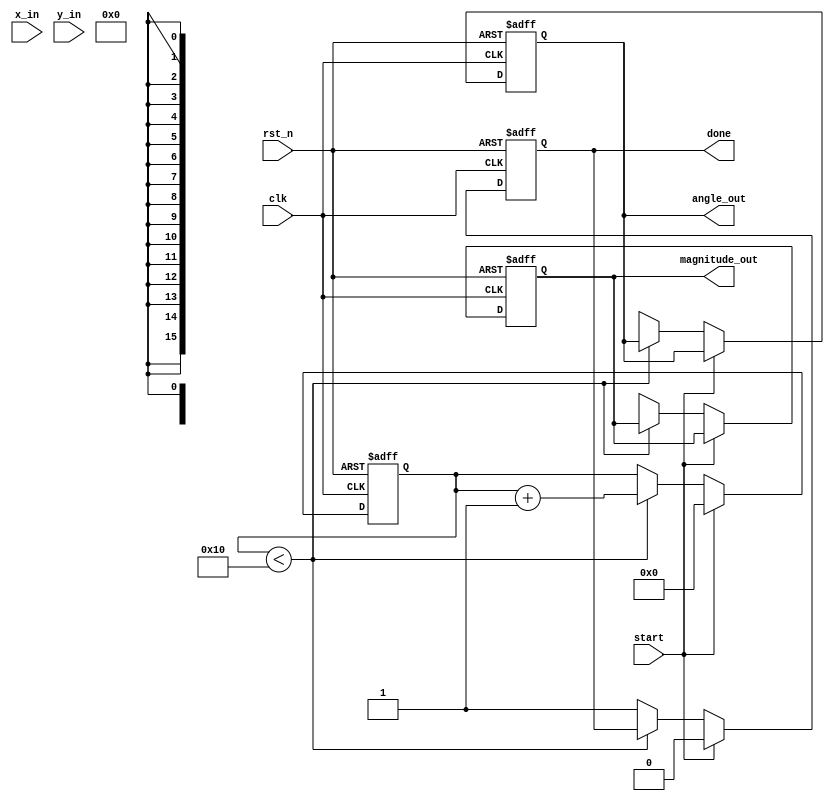
module vectoring_cordic (
    input wire clk,
    input wire rst_n,
    input wire start,
    input wire signed [15:0] x_in, // Input x coordinate
    input wire signed [15:0] y_in, // Input y coordinate
    output reg signed [15:0] angle_out, // Output angle
    output reg signed [15:0] magnitude_out, // Output magnitude
    output reg done // Operation done flag
);

    // CORDIC parameters
    parameter NUM_ITERATIONS = 16; // Number of iterations
    parameter K = 16'h26DD; // Scaling factor (K = 0.6072529350088812561694... in fixed-point)
    reg signed [15:0] x [0:NUM_ITERATIONS-1]; // x registers
    reg signed [15:0] y [0:NUM_ITERATIONS-1]; // y registers
    reg signed [15:0] angle [0:NUM_ITERATIONS-1]; // angle registers
    reg [3:0] iteration; // Iteration counter
    reg [15:0] atan_table [0:NUM_ITERATIONS-1]; // Arctangent lookup table

    // Initialize arctangent values (in fixed-point)
    initial begin
        atan_table[0] = 16'h2000; // atan(2^0) = 0.785398 (in fixed-point)
        atan_table[1] = 16'h1000; // atan(2^-1) = 0.463648
        atan_table[2] = 16'h0800; // atan(2^-2) = 0.244978
        atan_table[3] = 16'h0400; // atan(2^-3) = 0.124389
        // Continue filling the table for all iterations...
        // ...
    end

    // Control Unit
    always @(posedge clk or negedge rst_n) begin
        if (!rst_n) begin
            iteration <= 0;
            done <= 0;
            angle_out <= 0;
            magnitude_out <= 0;
        end else if (start) begin
            // Initialize inputs
            x[0] <= x_in;
            y[0] <= y_in;
            angle[0] <= 0;
            iteration <= 0;
            done <= 0;
        end else if (iteration < NUM_ITERATIONS) begin
            // CORDIC Iteration
            if (y[iteration] < 0) begin
                // Rotate clockwise
                x[iteration + 1] <= x[iteration] + (y[iteration] >>> iteration);
                y[iteration + 1] <= y[iteration] - (x[iteration] >>> iteration);
                angle[iteration + 1] <= angle[iteration] - atan_table[iteration];
            end else begin
                // Rotate counterclockwise
                x[iteration + 1] <= x[iteration] - (y[iteration] >>> iteration);
                y[iteration + 1] <= y[iteration] + (x[iteration] >>> iteration);
                angle[iteration + 1] <= angle[iteration] + atan_table[iteration];
            end
            iteration <= iteration + 1;
        end else begin
            // Final output
            angle_out <= angle[NUM_ITERATIONS];
            magnitude_out <= (x[NUM_ITERATIONS] * K) >>> 15; // Scale the magnitude
            done <= 1;
        end
    end

endmodule